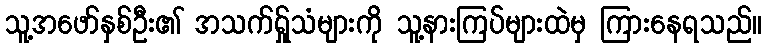
သူ့အဖော်နှစ်ဦး၏ အသက်ရ်ှုသံများကို သူ့နားကြပ်များထဲမှ ကြားနေရသည်။